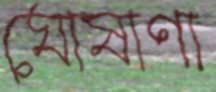
ঘোষাণা